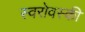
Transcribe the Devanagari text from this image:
स्वरोवस्की